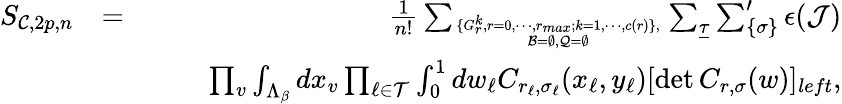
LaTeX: \begin{array}{rlr}{S_{{\cal C},2p,n}}&{=}&{{\frac{1}{n!}}\sum_{\{ G_{r}^{k},{r=0},\cdots,r_{max};{k=1},\cdots,c(r)\} ,\atop{{\cal B}=\emptyset,{\cal Q}=\emptyset}}\sum_{\underline{\tau}}\sum_{\{ {\sigma}\} }^{\prime}{\epsilon}({\cal J})}\\ &{}&{\quad\quad\prod_{v}\int_{\Lambda_{\beta}}dx_{v}\prod_{\ell\in{\cal T}}\int_{0}^{1}dw_{\ell}C_{r_{\ell},{\sigma}_{\ell}}(x_{\ell},y_{\ell})[\operatorname*{det}C_{r,\sigma}(w)]_{left},}\end{array}